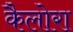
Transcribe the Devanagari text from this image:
कैलोरा